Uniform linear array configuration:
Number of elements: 12
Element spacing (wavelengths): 0.5
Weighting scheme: binomial
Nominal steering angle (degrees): -15
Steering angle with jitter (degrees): -16.205
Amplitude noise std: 0.05
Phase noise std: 0.05

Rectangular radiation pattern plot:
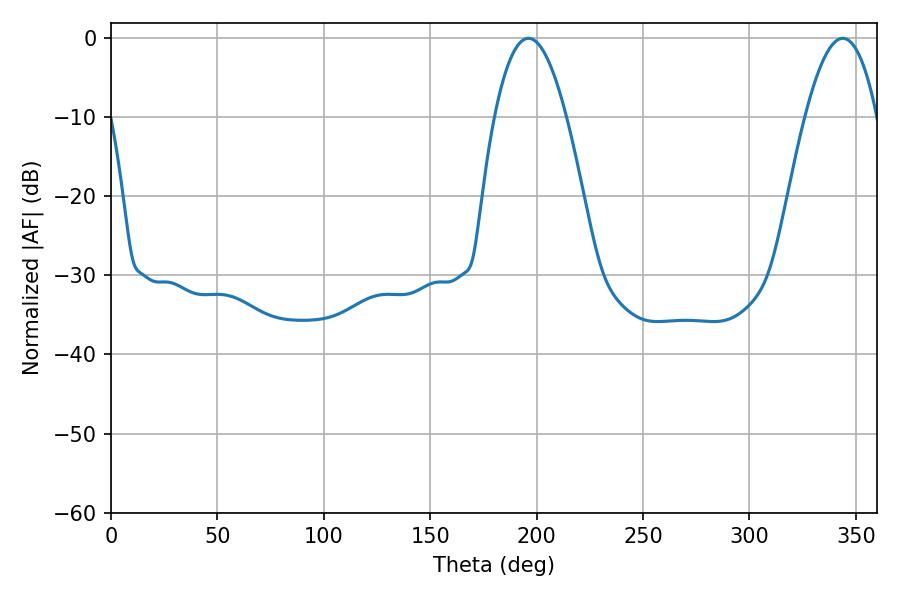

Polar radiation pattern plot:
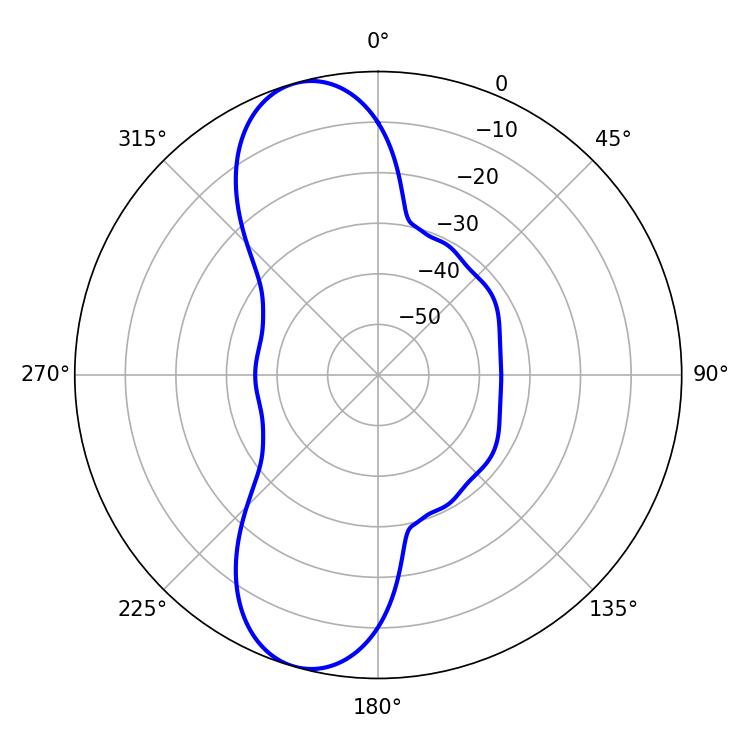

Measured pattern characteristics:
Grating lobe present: FALSE
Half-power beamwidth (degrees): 18.54
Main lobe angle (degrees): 196.2